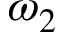
\omega _ { 2 }